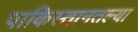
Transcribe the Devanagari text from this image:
पाकिस्तानतल्या